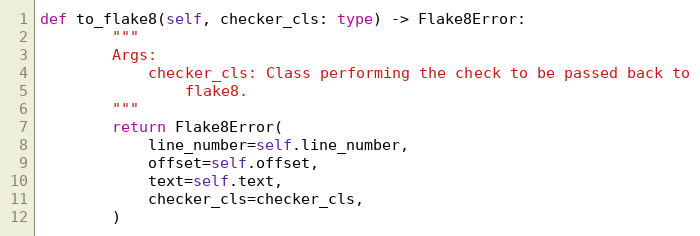
Language: Python
def to_flake8(self, checker_cls: type) -> Flake8Error:
        """
        Args:
            checker_cls: Class performing the check to be passed back to
                flake8.
        """
        return Flake8Error(
            line_number=self.line_number,
            offset=self.offset,
            text=self.text,
            checker_cls=checker_cls,
        )